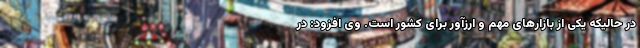
در حالیکه یکی از بازارهای مهم و ارزآور برای کشور است. وی افزود: در